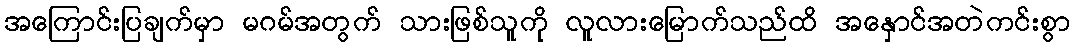
အကြောင်းပြချက်မှာ မဂမ်အတွက် သားဖြစ်သူကို လူလားမြောက်သည်ထိ အနှောင်အတဲကင်းစွာ